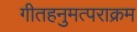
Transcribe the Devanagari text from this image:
गीतहनुमत्पराक्रम